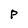
Character: P